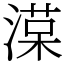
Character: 𣼑